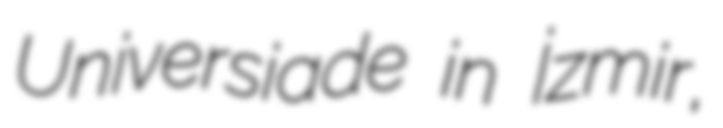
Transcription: Universiade in İzmir,